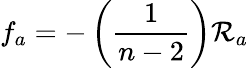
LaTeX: f_{a}=-\left(\frac{1}{n-2}\right)\mathcal{R}_{a}